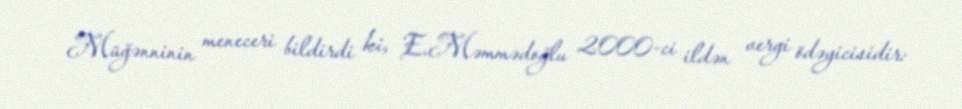
Müğənninin meneceri bildirdi ki, E.Məmmədoğlu 2000-ci ildən vergi ödəyicisidir: